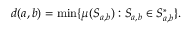
d ( a , b ) = \operatorname* { m i n } \{ \mu ( S _ { a , b } ) : S _ { a , b } \in S _ { a , b } ^ { * } \} .